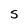
Character: S